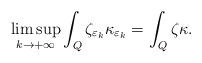
LaTeX: \begin{align*} \limsup_{k \rightarrow +\infty} \int_Q \zeta_{\varepsilon_k} \kappa_{\varepsilon_k} = \int_Q \zeta \kappa.\end{align*}